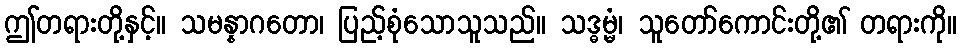
ဤတရားတို့နှင့်။ သမန္နာဂတော၊ ပြည့်စုံသောသူသည်။ သဒ္ဓမ္မံ၊ သူတော်ကောင်းတို့၏ တရားကို။